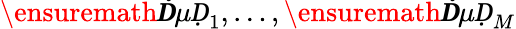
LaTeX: \ensuremath{\boldsymbol Ḋ\mu Ḍ}_{1},\dots,\ensuremath{\boldsymbol Ḋ\mu Ḍ}_{M}